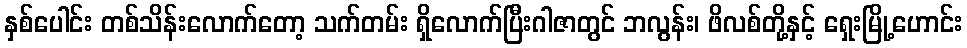
နှစ်ပေါင်း တစ်သိန်းလောက်တော့ သက်တမ်း ရှိလောက်ပြီးဂါဇာတွင် ဘလွန်း၊ ဖိလစ်တို့နှင့် ရှေးမြို့ဟောင်း